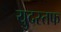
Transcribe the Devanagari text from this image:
युदस्तफ